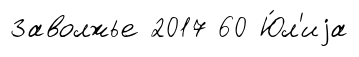
Заволжье 2017 60 Ю́л'иjа